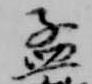
孟